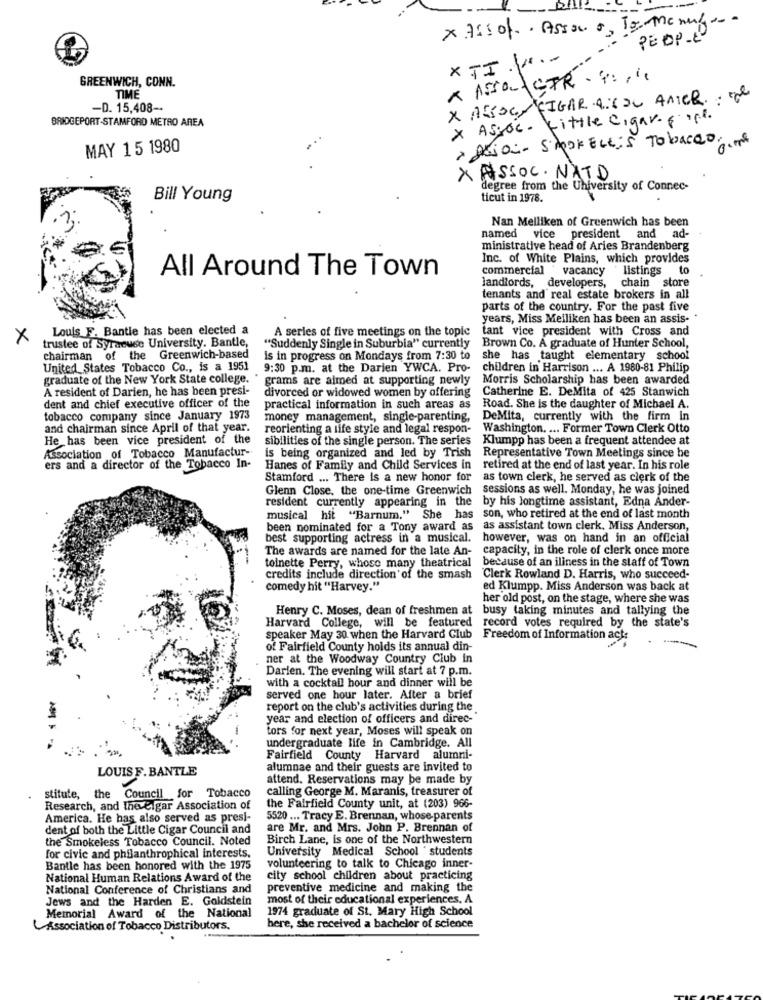
PEOPLE
X TI .....
GREENWICH, CONN.
TIME
X ASSOC FIGAR 9:300 AMER. . "e
-D. 15,408-
BRIDGEPORT-STAMFORD METRO AREA
x ASSOC. Little cigar. c. o.l.
> ALion- SipKELLis Tobacco.
MAY 15 1980
X ASSOC. NATD
degree from the University of Connec-
Bill Young
ticut in 1978.
Nan Melliken of Greenwich has been
named vice president and ad-
ministrative head of Aries Brandenberg
Inc. of White Plains, which provides
commercial vacancy
listings to
All Around The Town
landlords, developers, chain store
tenants and real estate brokers in all
parts of the country. For the past five
years, Miss Meiliken has been an assis-
Louis F. Bantle has been elected a
A series of five meetings on the topic
tant vice president with Cross and
X
trustee of Syracuse University. Bantle,
"Suddenly Single in Suburbia" currently
Brown Co. A graduate of Hunter School,
chairman of the Greenwich-based
is in progress on Mondays from 7:30 to
she has taught elementary school
United States Tobacco Co ., is a 1951 9:30 p.m. at the Darien YWCA. Pro-
children in Harrison ... A 1980-81 Philip
graduate of the New York State college.
grams are aimed at supporting newly
Morris Scholarship has been awarded
A resident of Darien, he has been presi-
divorced or widowed women by offering
Catherine E. DeMita of 425 Stanwich
dent and chief executive officer of the
practical information in such areas as
Road. She is the daughter of Michael A.
tobacco company since January 1973
money management, single-parenting,
DeMita, currently with the firm In
and chairman since April of that year.
reorienting a life style and legal respon-
Washington. ... Former Town Clerk Otto
He has been vice president of the
sibilities of the single person. The series
Klumpp has been a frequent attendee at
Association of Tobacco Manufactur-
is being organized and led by Trish
Representative Town Meetings since be
ers and a director of the Tobacco In-
Hanes of Family and Child Services in
retired at the end of last year. In his role
Stamford ... There is a new honor for
as town clerk, he served as clerk of the
Glenn Close, the one-time Greenwich
sessions as well. Monday, he was joined
resident currently appearing in the
by his longtime assistant, Edna Ander-
musical hit "Barnum." She has
son, who retired at the end of last month
been nominated for a Tony award as as assistant town clerk, Miss Anderson,
best supporting actress in a musical.
however, was on hand in an official
The awards are named for the late An-
capacity, in the role of clerk once more
because of an iliness in the staff of Town
toinette Perry, whoso many theatrical
credits include direction of the smash
Clerk Rowland D. Harris, who succeed-
comedy hit "Harvey."
ed Klumpp. Miss Anderson was back at
her old post, on the stage, where she was
Henry C. Moses, dean of freshmen at busy taking minutes and tallying the
Harvard College, will be featured
record votes required by the state's
speaker May 30 when the Harvard Club
Freedom of Information act:
of Fairfield County holds its annual din-
ner at the Woodway Country Club In
Darien. The evening will start at 7 p.m.
with a cocktail hour and dinner will be
served one hour later. After a brief
report on the club's activities during the
year and election of officers and direc-
tors for next year, Moses will speak on
undergraduate life in Cambridge. All
Fairfield County Harvard alumni-
LOUIS F.BANTLE
alumnae and their guests are invited to
attend. Reservations may be made by
stitute, the Council for Tobacco
calling George M. Maranis, treasurer of
Research, and theveigar Association of
the Fairfield County unit, at (203) 966-
America. He has also served as presi-
5520 ... Tracy E. Brennan, whose parents
dent of both the Little Cigar Council and
are Mr. and Mrs. John P. Brennan of
the Smokeless Tobacco Council. Noted
Birch Lane, is one of the Northwestern
University Medical School students
for civic and philanthrophical interests.
Bantle has been honored with the 1975
volunteering to talk to Chicago inner-
National Human Relations Award of the
city school children about practicing
National Conference of Christians and
preventive medicine and making the
Jews and the Harden E. Goldstein
most of their educational experiences. A
1974 graduate of St. Mary High School
Memorial Award of the National
Association of Tobacco Distributors.
here, she received a bachelor of science